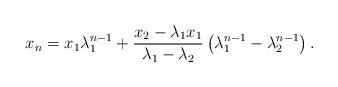
LaTeX: \begin{align*}x_n=x_1\lambda_1^{n-1}+\frac{x_2-\lambda_1x_1}{\lambda_1-\lambda_2}\left(\lambda_1^{n-1}-\lambda_2^{n-1}\right).\end{align*}